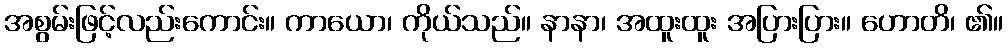
အစွမ်းဖြင့်လည်းကောင်း။ ကာယော၊ ကိုယ်သည်။ နာနာ၊ အထူးထူး အပြားပြား။ ဟောတိ၊ ၏။